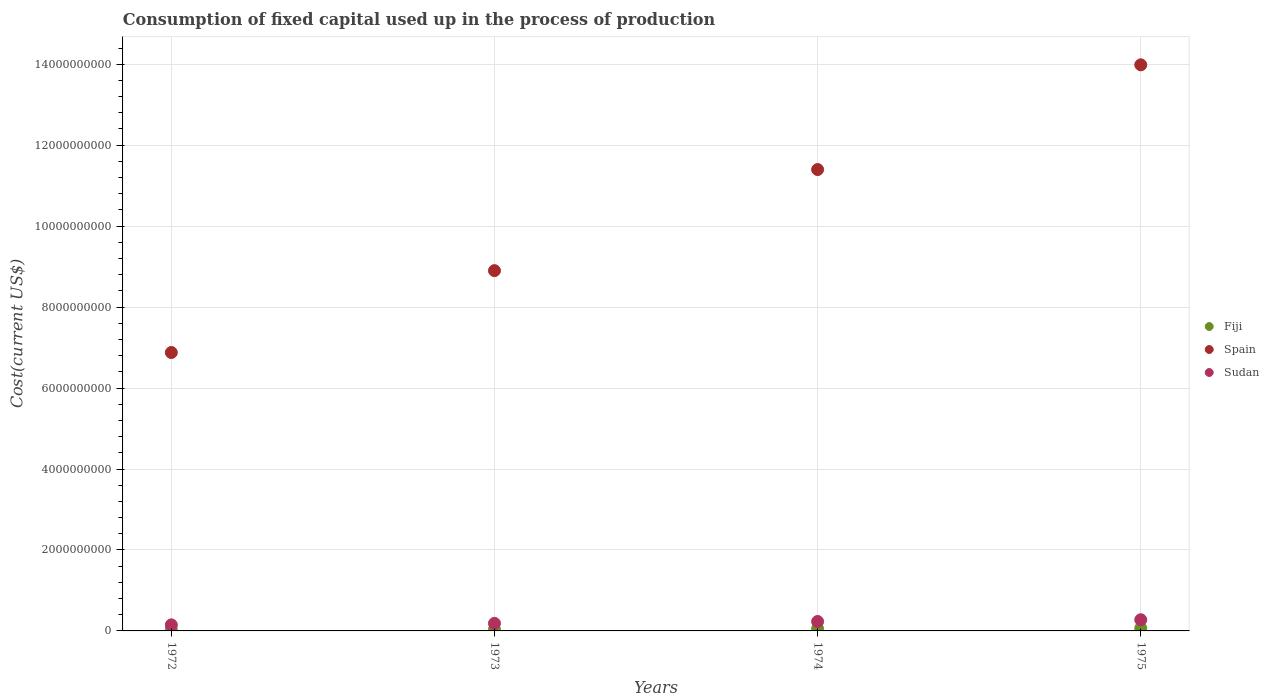
| Years | Fiji | Spain | Sudan |
 | --- | --- | --- | --- |
 | 1972 | 2.86e+07 | 6.88e+09 | 1.5e+08 |
 | 1973 | 3.79e+07 | 8.9e+09 | 1.87e+08 |
 | 1974 | 5.33e+07 | 1.14e+10 | 2.33e+08 |
 | 1975 | 6.62e+07 | 1.4e+10 | 2.77e+08 |